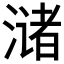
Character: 𫞛